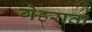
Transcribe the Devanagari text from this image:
गेहराता